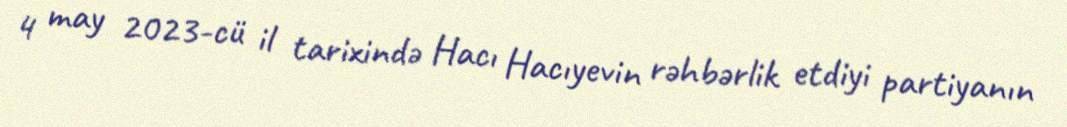
4 may 2023-cü il tarixində Hacı Hacıyevin rəhbərlik etdiyi partiyanın